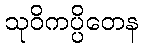
သုဝိကပ္ပိတေန